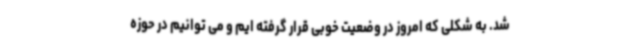
شد. به شکلی که امروز در وضعیت خوبی قرار گرفته ایم و می توانیم در حوزه